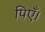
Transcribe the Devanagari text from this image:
पिएँ।